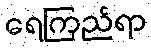
ရေကြည်ရာ